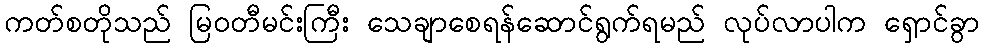
ကတ်စတိုသည် မြဝတီမင်းကြီး သေချာစေရန်ဆောင်ရွက်ရမည် လုပ်လာပါက ရှောင်ခွာ